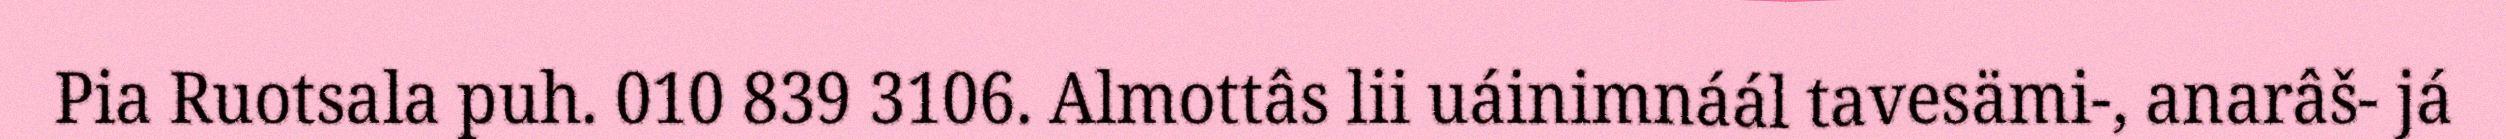
Pia Ruotsala puh. 010 839 3106. Almottâs lii uáinimnáál tavesämi-, anarâš- já